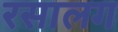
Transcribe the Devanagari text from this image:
रसालग